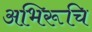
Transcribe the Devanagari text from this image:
अभिरूचि